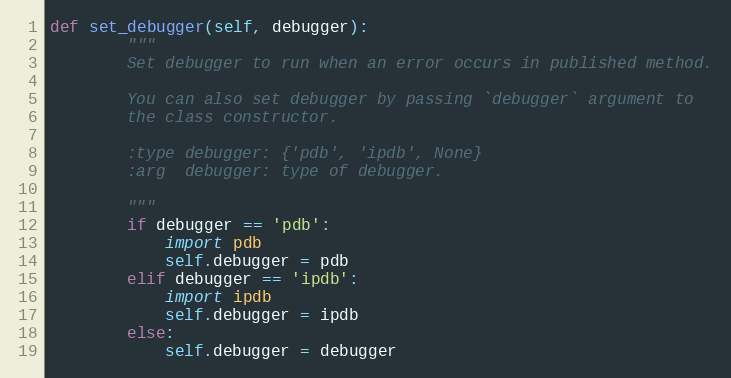
Language: Python
def set_debugger(self, debugger):
        """
        Set debugger to run when an error occurs in published method.

        You can also set debugger by passing `debugger` argument to
        the class constructor.

        :type debugger: {'pdb', 'ipdb', None}
        :arg  debugger: type of debugger.

        """
        if debugger == 'pdb':
            import pdb
            self.debugger = pdb
        elif debugger == 'ipdb':
            import ipdb
            self.debugger = ipdb
        else:
            self.debugger = debugger